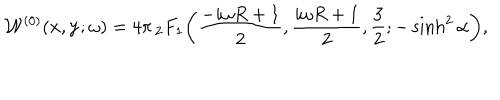
{ \cal W } ^ { ( 0 ) } ( { \bf x } , { \bf y } ; \omega ) = 4 \pi \mathop { _ 2 F _ { 1 } } \left( \frac { - i \omega R + 1 } { 2 } , \frac { i \omega R + 1 } { 2 } , \frac { 3 } { 2 } ; - \sinh ^ { 2 } \alpha \right) ,